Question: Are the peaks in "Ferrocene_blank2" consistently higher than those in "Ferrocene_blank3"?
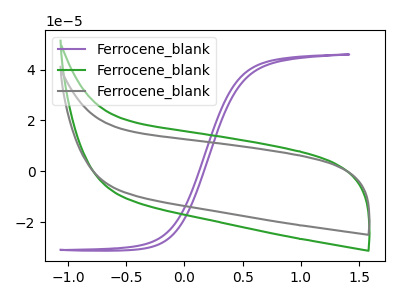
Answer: <think>The purple curve "Ferrocene_blank1" has no peaks. The green curve "Ferrocene_blank2" has no peaks. The gray curve "Ferrocene_blank3" has no peaks.</think>
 <answer>Niether CV has any peaks.</answer>
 <eval>blanks</eval>